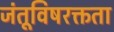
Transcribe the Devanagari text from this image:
जंतूविषरक्तता